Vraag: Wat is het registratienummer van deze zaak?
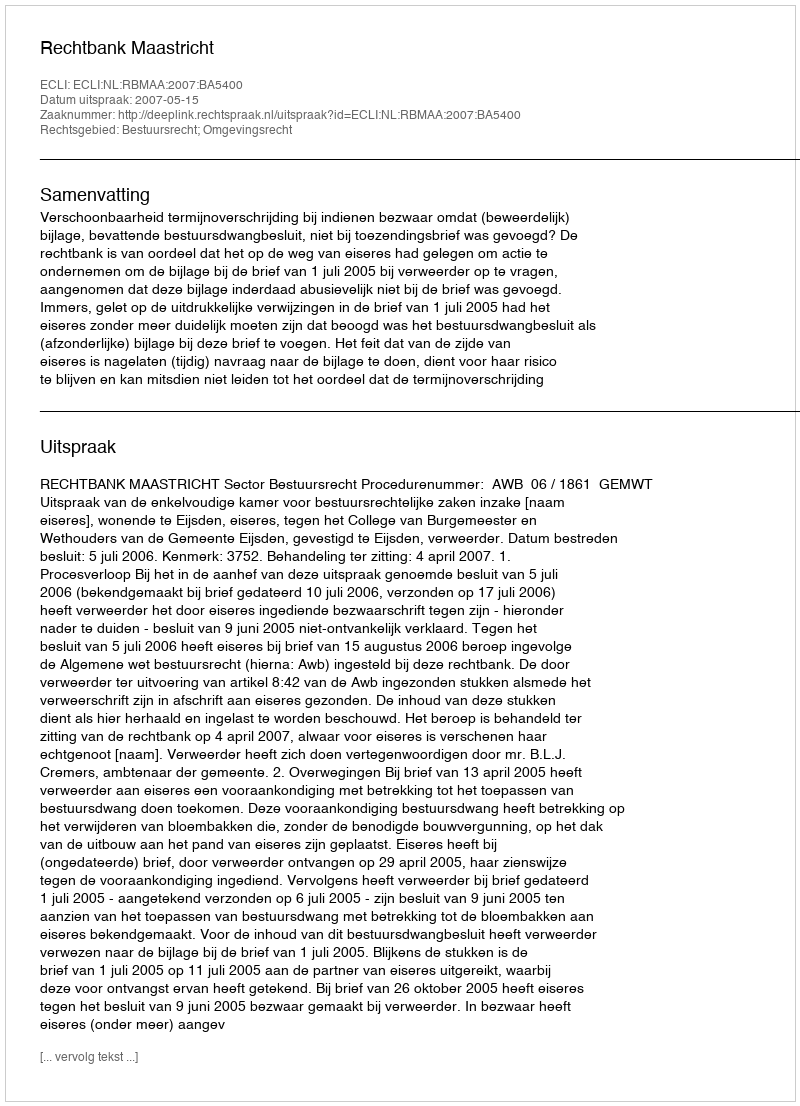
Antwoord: http://deeplink.rechtspraak.nl/uitspraak?id=ECLI:NL:RBMAA:2007:BA5400